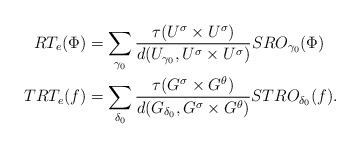
LaTeX: \begin{align*}RT_e(\Phi)&=\sum_{\gamma_0}\frac{\tau(U^{\sigma} \times U^{\sigma})}{d(U_{\gamma_0},U^{\sigma} \times U^{\sigma})}SRO_{\gamma_0}(\Phi)\\TRT_e(f)&=\sum_{\delta_0}\frac{\tau(G^{\sigma} \times G^{\theta})}{d(G_{\delta_0},G^{\sigma} \times G^{\theta})}STRO_{\delta_0}(f).\end{align*}